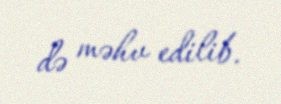
də məhv edilib.